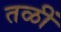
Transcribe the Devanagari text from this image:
तळीं